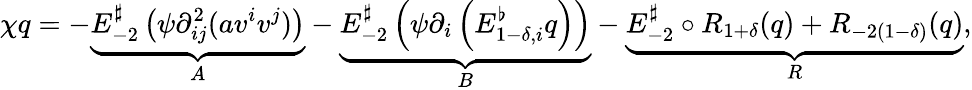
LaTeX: \chi q=-\underbrace{E_{-2}^{\sharp}\left(\psi\partial_{ij}^{2}(av^{i}v^{j})\right)}_{A}-\underbrace{E_{-2}^{\sharp}\left(\psi\partial_{i}\left(E_{1-\delta,i}^{\flat}q\right)\right)}_{B}-\underbrace{E_{-2}^{\sharp}\circ R_{1+\delta}(q)+R_{-2(1-\delta)}(q)}_{R},